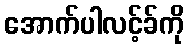
အောက်ပါလင့်ခ်ကို